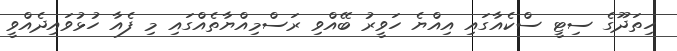
ހިތަދޫގެ ސިޓީ ސްކެއާގައި އިއްޔެ ހަވީރު ބޭއްވި ރަސްމިއްޔާތެއްގައި މި ފެއާ ހުޅުވައިދެއްވީ